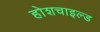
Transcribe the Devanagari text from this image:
होशचाइल्ड